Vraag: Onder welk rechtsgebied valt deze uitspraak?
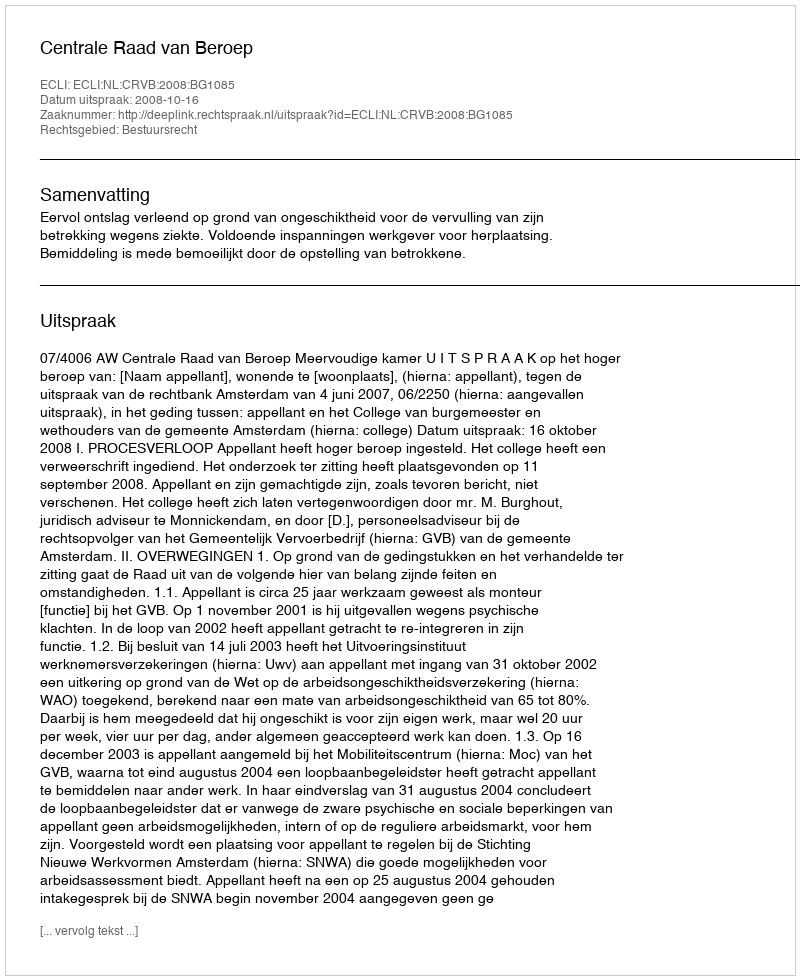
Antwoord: Bestuursrecht